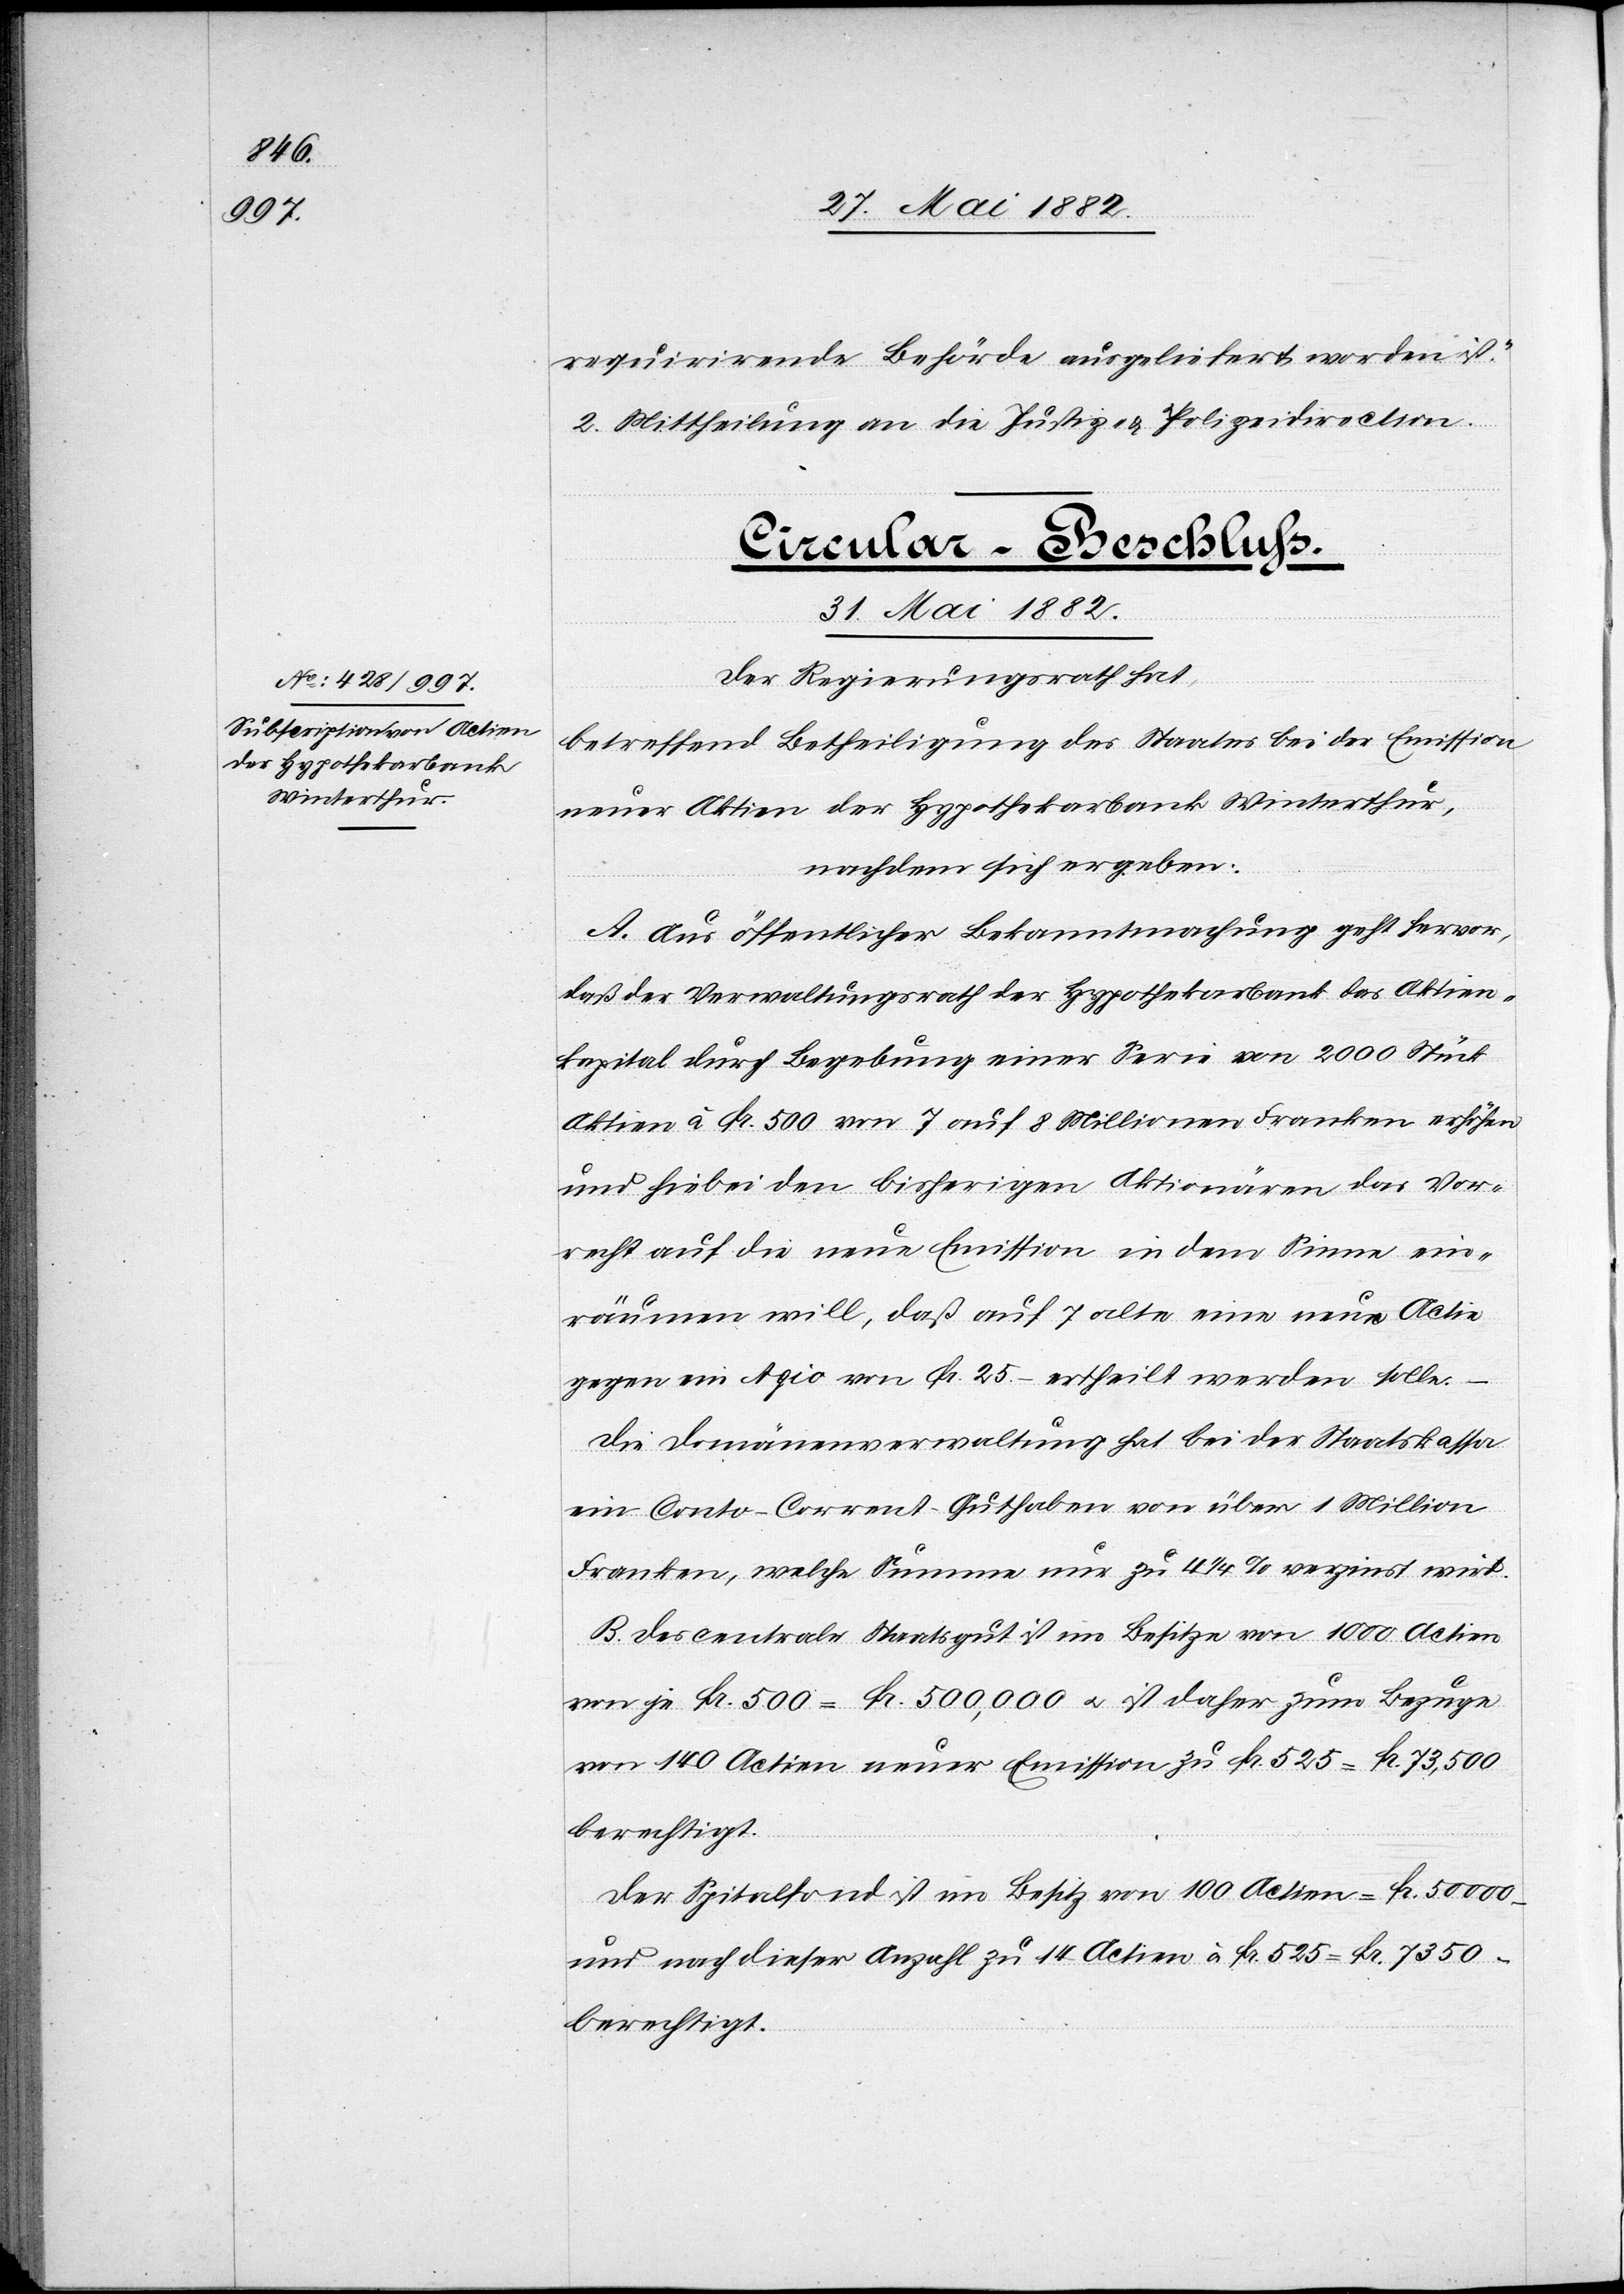
requirirende Behörde ausgeliefert worden ist.“
2. Mittheilung an die Justiz- & Polizeidirection.
Circular-Beschluß.
31. Mai 1882.
Der Regierungsrath hat
betreffend Betheiligung des Staates bei der Emission
neuer Aktien der Hypothekarbank Winterthur,
nachdem sich ergeben:
A. Aus öffentlicher Bekanntmachung geht hervor,
daß der Verwaltungsrath der Hypothekarbank das Aktien¬
kapital durch Begebung einer Serie von 2000 Stück
Aktien à Fr. 500 von 7 auf 8 Millionen Franken erhöhen
und hiebei den bisherigen Aktionären das Vor¬
recht auf die neue Emission in dem Sinne ein¬
räumen will, daß auf 7 alte eine neue Actie
gegen ein Agio von Fr. 25.– ertheilt werden solle.
–
Die Domänenverwaltung hat bei der Staatskasse
ein Conto-Corrent-Guthaben von über 1 Million
Franken, welche Summe nur zu 4 1/2% verzinst wird.
B. Das centrale Staatsgut ist im Besitze von 1000 Actien
von je Fr. 500 = Fr. 500,000 u. ist daher zum Bezuge
von 140 Actien neuer Emission zu Fr. 525 = Fr. 73,500
berechtigt.
Der Spitalfond ist im Besitz von 100 Aktien = Fr. 50 000.–
und nach dieser Anzahl zu 14 Actien à Fr. 525 = Fr. 7350.–
berechtigt.